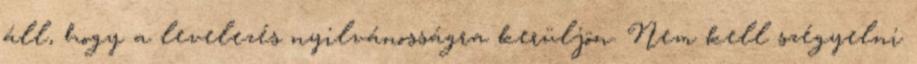
áll, hogy a levelezés nyilvánosságra kerüljön. Nem kell szégyelni